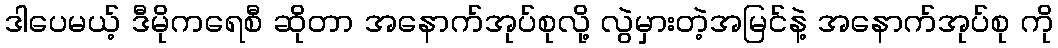
ဒါပေမယ့် ဒီမိုကရေစီ ဆိုတာ အနောက်အုပ်စုလို့ လွဲမှားတဲ့အမြင်နဲ့ အနောက်အုပ်စု ကို